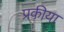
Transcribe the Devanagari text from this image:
प्रकीया